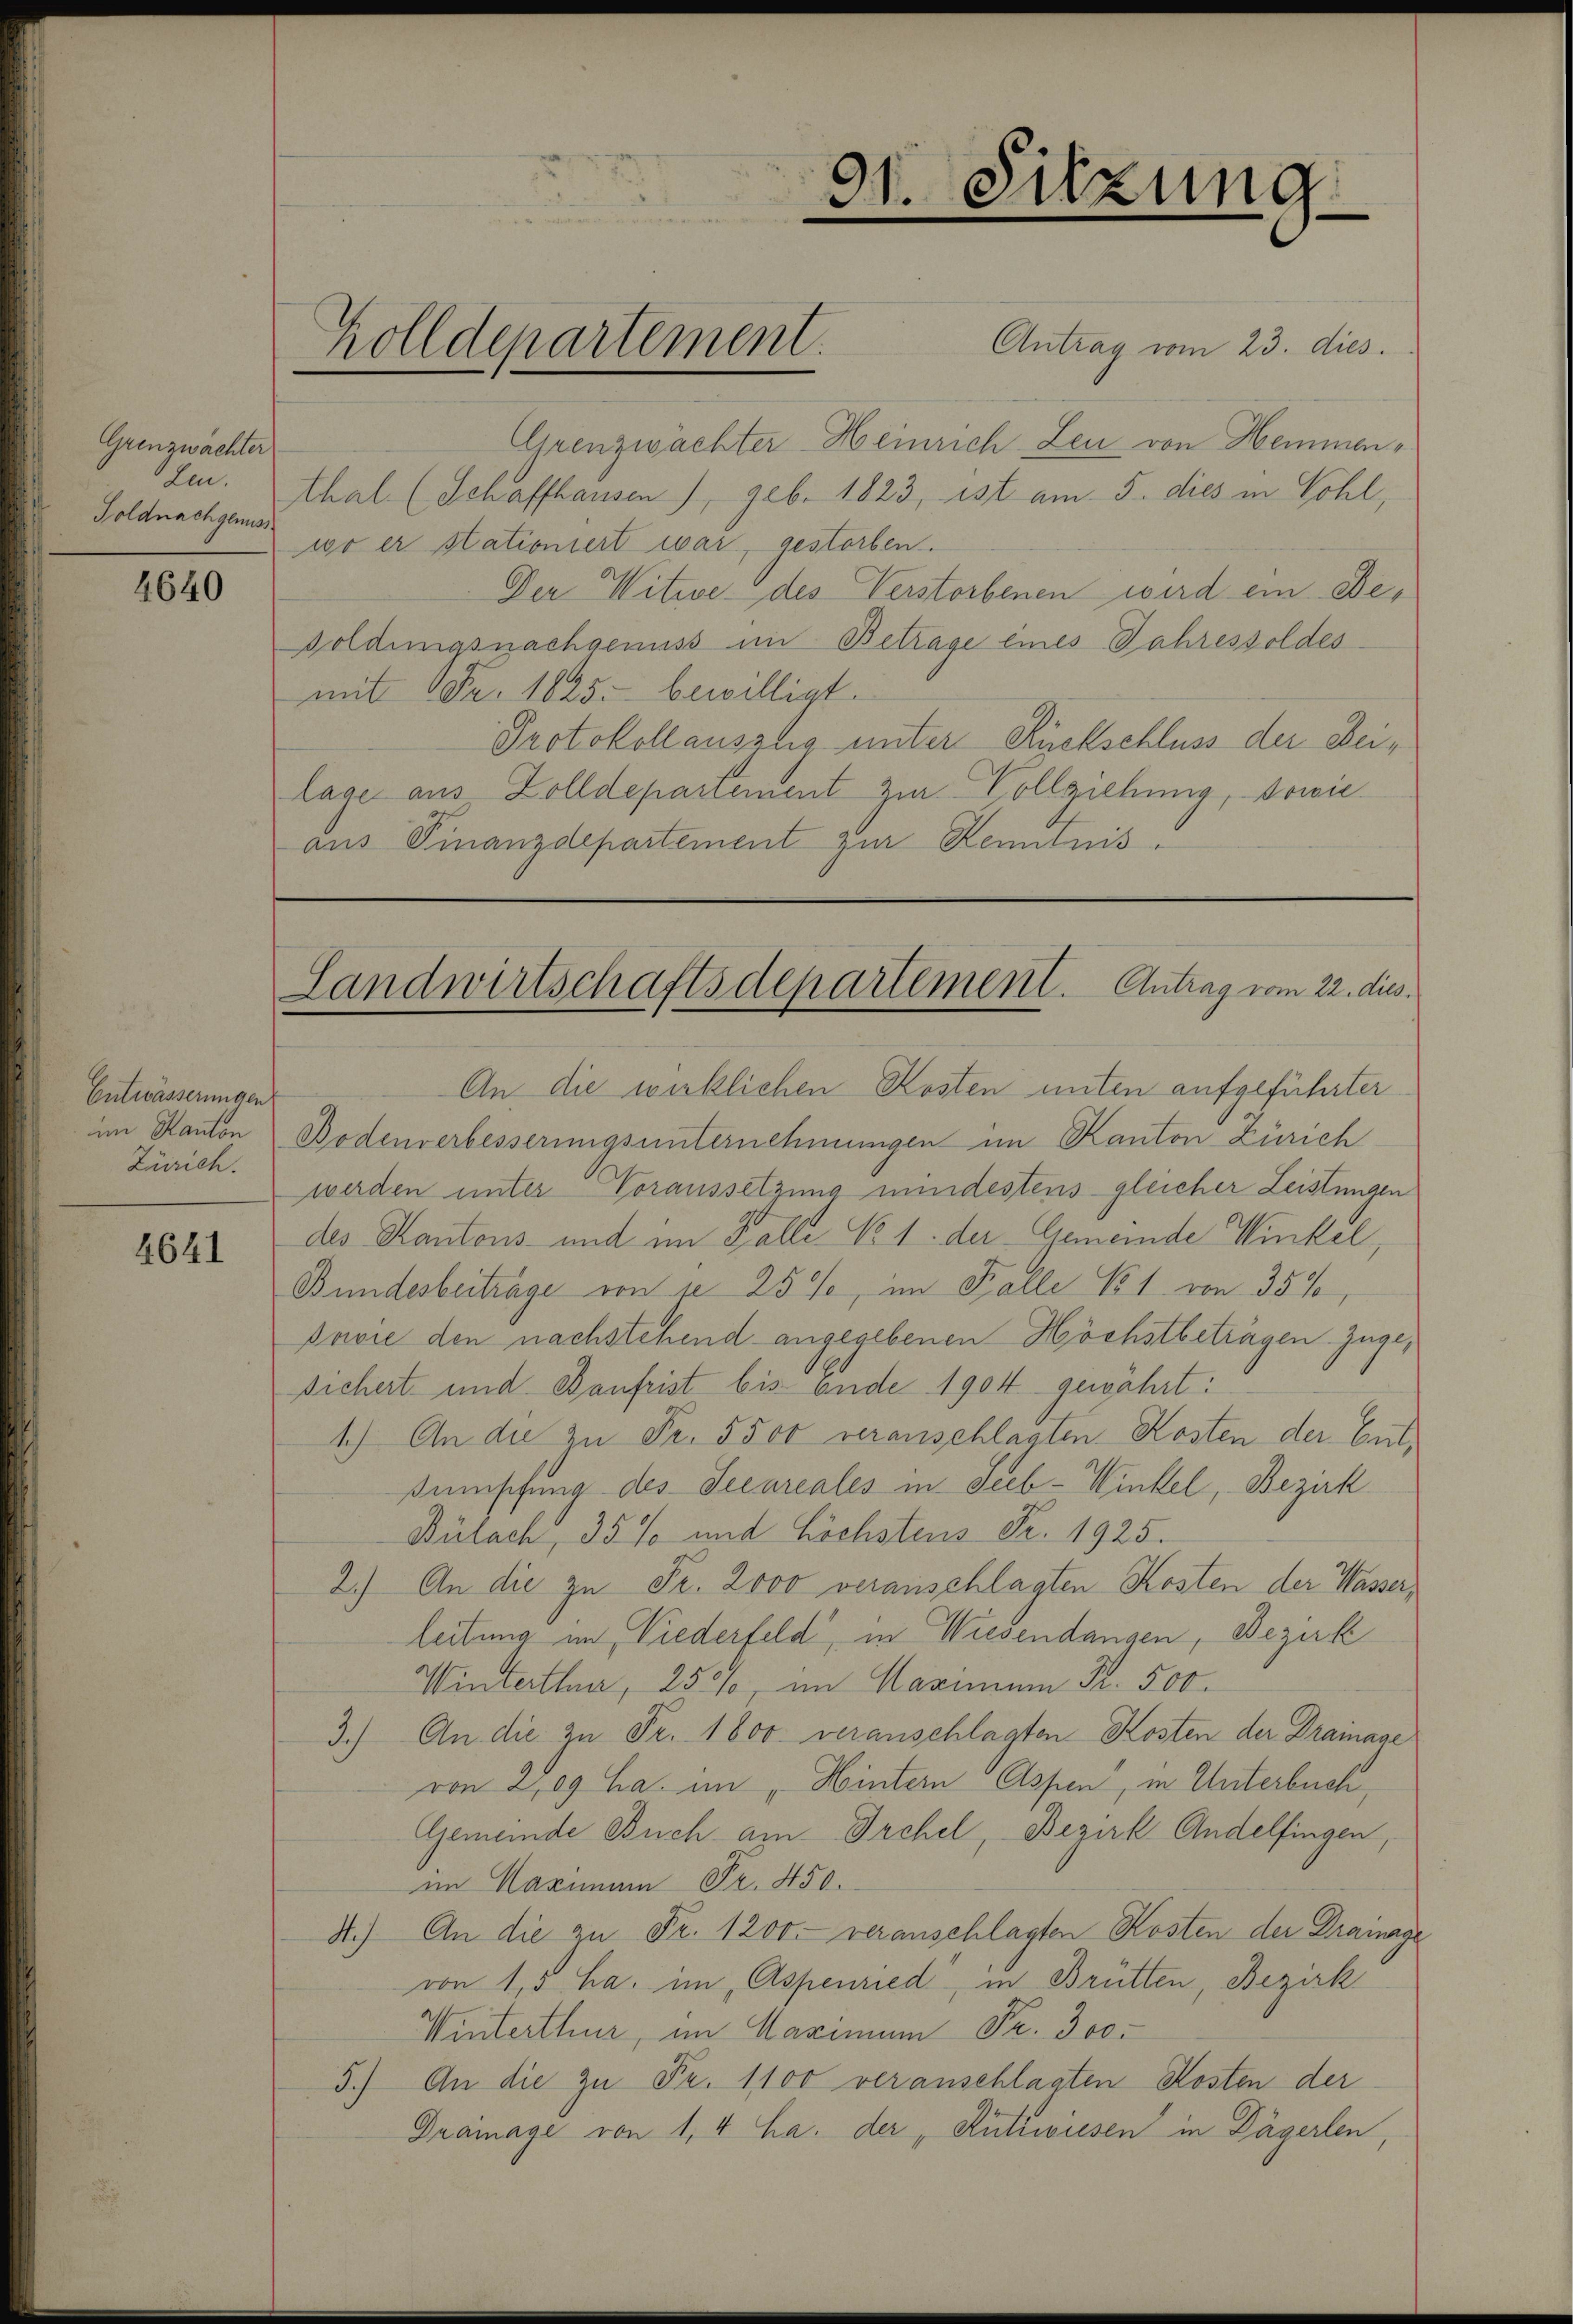
Grenzwächter
Len.
Foldnachgenuss

4640

Entwässerungen
Zürich.

4641

.
Antrag vom 23. dies
Grenzwächter Heinrich Leu von Hemmenthal. (Schaffhausen), geb. 1823, ist am 5. dies in Sohl,
wo er stationiert war, gestorben.
Der Witwe des Verstorbenen wird ein De¬
Goldingsnachgenuss im Betrage eines Jahressoldes
mit Fr. 1825. bewilligt.
Protokollauszlig unter Rückschluss der Beilage aus Zolldepartement zur Vollziehung, sowie
aus Finanzdepartement zur Kenntnis.

Zolldepartement.

An die wirklichen Kosten unten aufgeführter
im Kanton Bodenverbesserungsunternehmungen im Kanton Zürich
werden unter Voraussetzung mindestens gleicher Leistungen
des Kantons und im Falle No. 1. der Gemeinde Winkel,
Bundesbeiträge von se 25%, im Falle No 1. von 35%,
Prvie den nachstehend angegebenen Höchstbetragen. Zugesichert und Kaufrist bis Ende 1904 gewährt:
1.) An die zu Fr. 5500 veranschlagten Kosten der Gutsümsifung des Securiales in Seeb-Winkel, Bezirk
Bülach, 35 % und höchstens Fr. 1925.
2.) An die zu Fr. 2000 veranschlagten Kosten der Wasser,
leitung im Niederfeld in Wiesendangen, Bezirk
Winterthur, 258, im Maximum Fr. 500.
3.) An die zu Fr. 1800. veranschlagten Kosten der Drainage
von 2,09 ha. im Hintern Aspen, in Unterbuch,
Gemeinde Buch am Orchel, Bezirk Andelfingen,
im Maximann Fr. 450.
4.) An die zu Fr. 1200 veranschlagten Kosten der Drainage
von 1,5 ha. im „Aspenried, in Brütten, Bezirk
Winterthur, im Maximum Fr. 300.
5.) An die zu Fr. 1100 veranschlagten Kosten der
Dramage von 1, 4 ha. der, Rützwiesen in Dägerlen,

91. Sitzung

Landwirtschaftsdepartement. Antrag vom 22. dies.